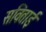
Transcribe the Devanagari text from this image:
सविताई